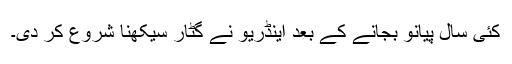
کئی سال پیانو بجانے کے بعد اینڈریو نے گٹار سیکھنا شروع کر دی۔